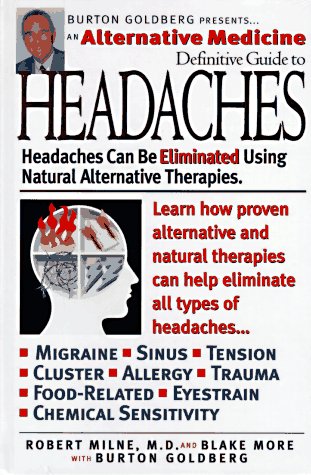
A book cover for Alternative Medicine Definitive Guide to Headaches (Alternative Medicine Definative Guide); Robert Milne; Health, Fitness & Dieting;